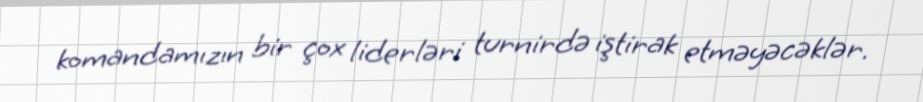
komandamızın bir çox liderləri turnirdə iştirak etməyəcəklər.